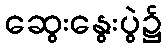
ဆွေးနွေးပွဲ၌